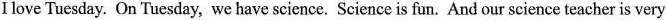
I love Tuesday. On Tuesday, we have science. Science is fun. And our science teacher is very